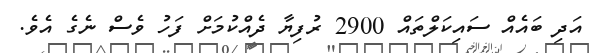
އަދި ބައެއް ސައިކަލްތައް 2900 ރުފިޔާ ދެއްކުމަށް ފަހު ވެސް ނެގެ އެވެ.